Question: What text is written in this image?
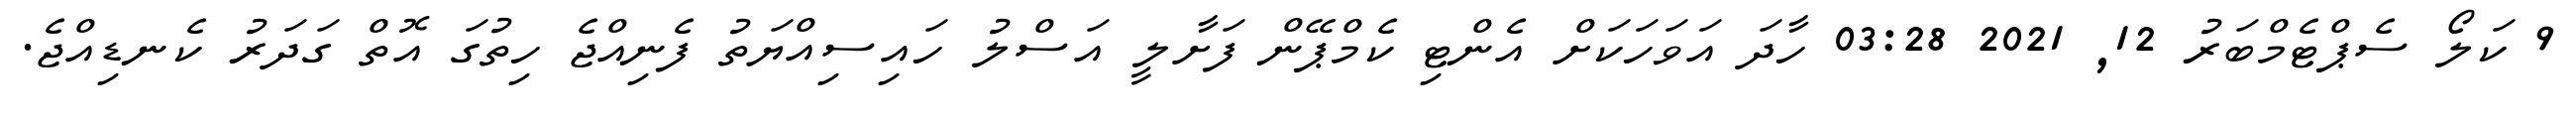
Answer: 9 ކަލޯ ސެޕްޓެމްބަރު 12, 2021 03:28 ހާދަ އަވަހަކަށް އެންޓި ކެމްޕޭން ފަށާލީ އަސްލު ހައިސިއްޔަތު ފެނިއްޖެ ހިތުގަ އޮތް ގަދަރު ކެނޑިއްޖެ.